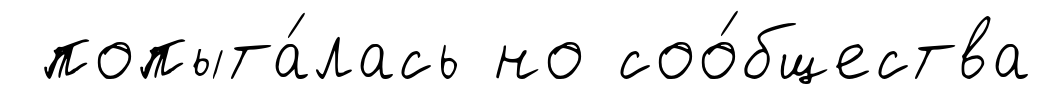
попыта́лась но соо́бщества